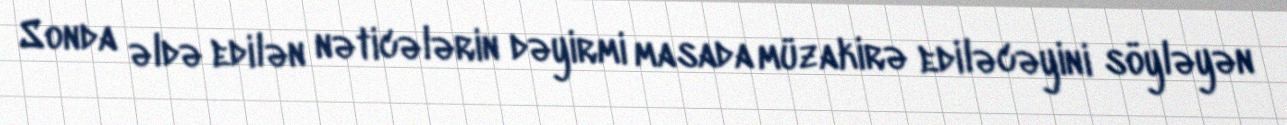
Sonda əldə edilən nəticələrin dəyirmi masada müzakirə ediləcəyini söyləyən